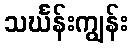
သင်္ဃန်းကျွန်း